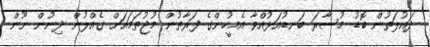
ދައުލަތުން ބޮޑު މުސާރަ ބަނޑުއަޅުއްވާ އެމީހުންގެ ފަރާތުން މުޖުތަމައަށް ގެއްލުން ދިނުން ނޫން